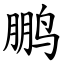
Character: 鹏